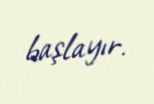
başlayır.